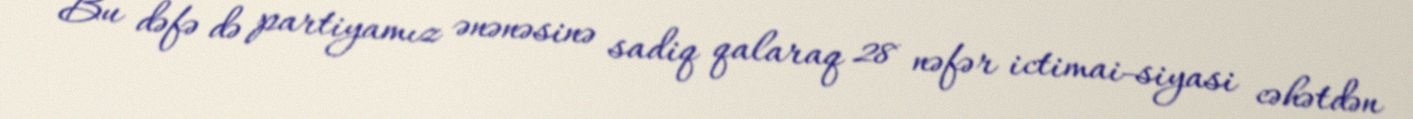
Bu dəfə də partiyamız ənənəsinə sadiq qalaraq 28 nəfər ictimai-siyasi cəhətdən